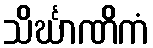
သိင်္ဃာဏိကံ